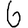
Digit: 6